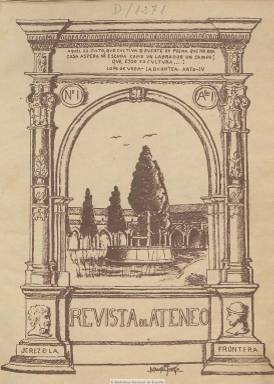
Título: Revista del Ateneo (Jerez de la Frontera)
Colección: Cultura
Ámbito geográfico: Cádiz
Lugar de publicación: Jerez de la Frontera [Cádiz]
Fechas: 15/08/1924-30/04/1934

Publicación mensual que edita su primer número el 15 de agosto de 1924 (aunque en sus primeras entregas indica bajo su cabecera que corresponde al mes anterior, además de señalar que está “revisado” por la censura militar), impulsada por destacados miembros del Ateneo Jerezano, el segundo fundado en la provincia de Cádiz, en este caso el 21 de febrero de 1897, y que a partir de 1916 había iniciado una segunda etapa y al que entonces le prestaba ayuda el régimen dictatorial del asimismo jerezano de origen Miguel Primo de Rivera (1870-1930). Su inicial carácter localista irá adquiriendo una importancia relevante como revista literaria, cultural y erudita, sobre todo a partir de 1928, alcanzando difusión y prestigio regional y nacional, con una tirada de unos mil ejemplares, de los cuales un centenar eran enviados a otros países, según la estadística de 1927.

El alma de la revista fue, hasta su prematuro fallecimiento, el erudito y cronista oficial de la ciudad Francisco José Ragel García (1897-1928), que con el seudónimo  Martín Ferrador estaba muy unido al grupo sevillano de la generación del 27. Junto a él estuvo, también como fundador de la revista, otro erudito jerezano que asimismo fallecerá en esos años, en este caso en 1929, Manuel García Caballero, además del que se convertirá en uno de los más destacados africanistas españoles durante el régimen franquista, Tomás García Figueras (1892-1981).

La publicación, que será gratuita para los socios del Ateneo Jerezano, estampará también bajo su cabecera los asuntos de los que trata: “literatura, ciencias, arte, temas económicos, turismo”. Además de tener una sección bajo el epígrafe Vida del Ateneo, tendrá otras de carácter local, como El mes pasado (especie de artículo de fondo), Datos jerezanos y notas estadísticas, Vida económica, Temas jerezanos, Pintores jerezanos o Documentos para la historia de Jerez. Junto a estas, estructura sus páginas en otras secciones, que serán las que le darán más relieve literario y cultural, como Notas, resúmenes, apuntes y referencias (diversos artículos de variada temática), El libro del mes, Periódicos, revistas y comentarios, Bibliografía, Esperanto o Antiguos y modernos. Insertará pues artículos de variado contenido, tanto erudito, historiográfico, arqueológico, bibliográfico o artístico, así como de divulgación, crítica y también de creación literaria.

Además de los citados, se dan cita en sus páginas como colaboradores otros escritores jerezanos, como es el caso del conservador José María Pemán (1897-1981) o de Juan Ruiz Peña (1915-1992); así como otros poetas y escritores andaluces, como es el caso de los sevillanos Fernando Villalón (1881-1930), Fernando de los Ríos y Guzmán (1886-1972), Adriano del Valle (1895-1957), Rafael Laffón (1895-1978), Manuel Halcón (1900-1989), Alejandro Collantes de Terán (1901-1933), Joaquín Romero Murube (1904-1969), Eduardo Llosent Marañón (1905-1969), José María del Rey Caballero (1902-) o Juan González Olmedilla (1893-); los gaditanos Pedro Pérez Clotet (1902-1966) y Francisco Montero Galvache (1917-) y el también andaluz Antonio Palma. Asimismo aparecen en sus páginas textos de las andaluzas María Alicia Domínguez (que lo hacía desde Buenos Aires), Isabel García Pérez, Carolina Marcial Dorado o María Dolores Bas.

Otros textos de la revista están firmados por Eugenio D’Ors (1882-1954), Pedro Sáinz Rodríguez (1897-1986), Mauricio Bacarisse (1895-1931), Clemente Cimorra (1900-1958) o Teófilo Ortega (1905-), entre otros.

La publicación inserta también numerosos fotograbados de reproducciones artísticas, edificios monumentales, vistas, retratos, etc. Su principal colaborador gráfico será Teodoro Nicolás Miciano (1903-1974) y entre sus colaboradores gráficos estuvo también el jerezano Manuel Esteve Guerrero (1905-1976).

La revista será estampada en varios establecimientos, como Litografía Jerezana, Tipografía y Litografía Salido Hermanos y Cronotipografía Jerez Gráfico. Su periodicidad pasó a ser bimensual y, por último, trimestral, con foliación continua anual, en entregas con paginación variada, entre treinta y sesenta páginas. Inserta también numerosos reclamos publicitarios, destacando los referidos a los de las industrias locales bodegueras de Pedro Domecq, González, Byas y Garvey. Publicó también algún suplemento y pliegos sueltos de Publicaciones históricas del Ateneo Jerezano. El 68 es el último número, correspondiente a los meses abril-septiembre de 1934, de la colección procedente del citado García Figueras de la Biblioteca Nacional de España.